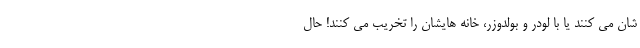
شان می کنند یا با لودر و بولدوزر، خانه هایشان را تخریب می کنند! حال